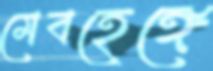
মেবহেঙ্গে